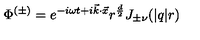
\Phi ^ { ( \pm ) } = e ^ { - i \omega t + i \vec { k } \cdot \vec { x } } r ^ { \frac { d } { 2 } } J _ { \pm \nu } ( | q | r )